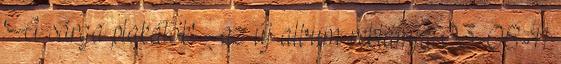
'A sárga plakátok' - az új album reklámja 03-08-11